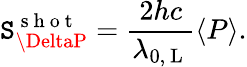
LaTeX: \mathtt{S}_{\DeltaP}^{\mathrm{{~s~h~o~t~}}}=\frac{{2hc}}{{\lambda_{0,\mathrm{{~L~}}}}}\left<P\right>.